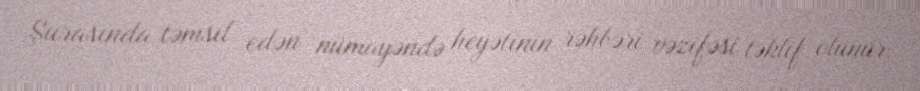
Şurasında təmsil edən nümayəndə heyətinin rəhbəri vəzifəsi təklif olunur.